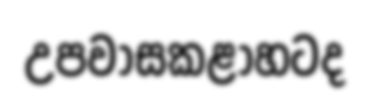
උපවාසකළාහටද